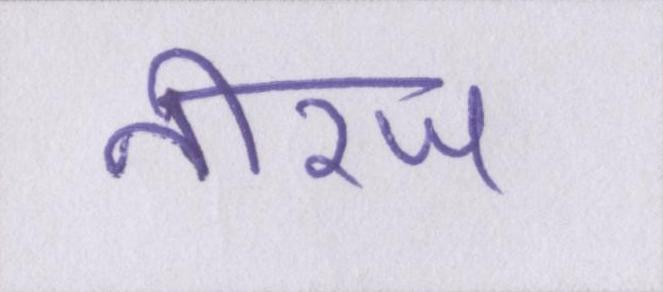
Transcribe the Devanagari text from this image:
नीरज